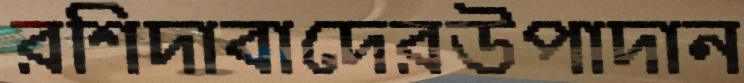
রশিদাবাদেরউপাদান